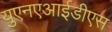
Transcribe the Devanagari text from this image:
युएनएआईडीएस